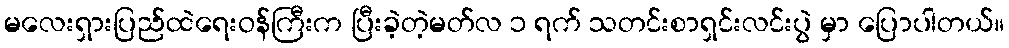
မလေးရှားပြည်ထဲရေးဝန်ကြီးက ပြီးခဲ့တဲ့မတ်လ ၁ ရက် သတင်းစာရှင်းလင်းပွဲ မှာ ပြောပါတယ်။